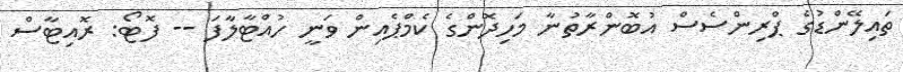
ތައިލޭންޑުގެ ޕްރިންސެސް އުބޮންރާތުނާ މަހިދޮންގެ ކެމްޕެއިން ވަނީ ހުއްޓާލާފަ -- ފޮޓޯ: ރޮއިޓާސް